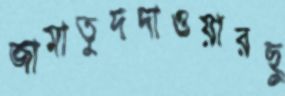
জামাতুদদাওয়ারছু